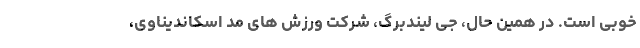
خوبی است. در همین حال، جی لیندبرگ، شرکت ورزش های مد اسکاندیناوی،